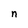
Character: n